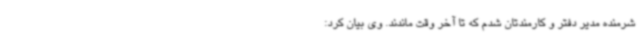
شرمنده مدیر دفتر و کارمندتان شدم که تا آخر وقت ماندند. وی بیان کرد: